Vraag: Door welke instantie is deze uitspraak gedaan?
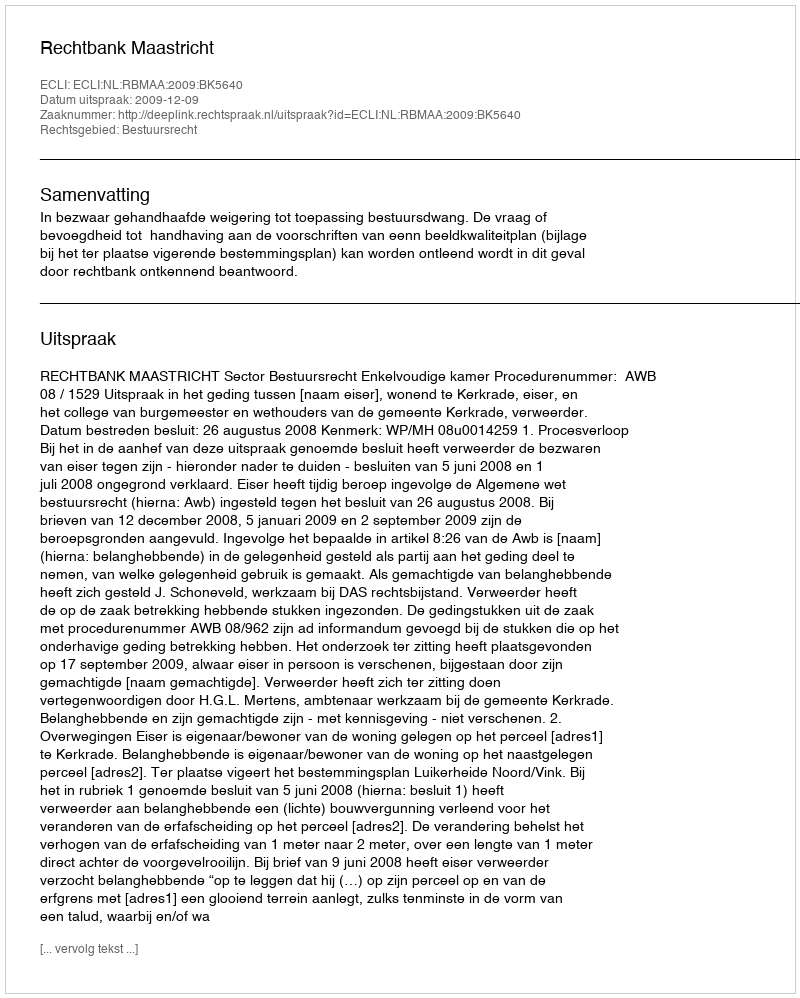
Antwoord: Rechtbank Maastricht